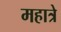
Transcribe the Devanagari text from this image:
महात्रे